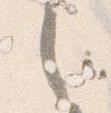
之